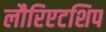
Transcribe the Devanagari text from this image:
लौरिएटशिप